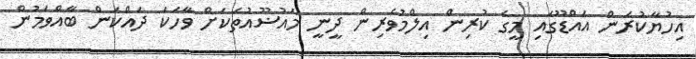
އިހުޔާކުރަން އައްޑޫގައި މީގެ ކުރިން އިލްމުވެރިން ދީނީ މައުޟޫއުތަކަށް ވާހަކަ ދައްކަން ބާއްވަމުން